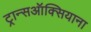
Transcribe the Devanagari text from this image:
ट्रान्सऑक्सियाना